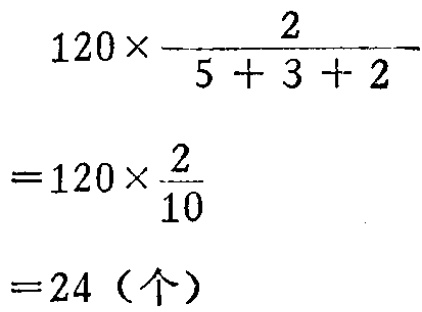
\[

\begin{align*}

&120\times\frac{2}{5 + 3 + 2}\\

=&120\times\frac{2}{10}\\

=&24（个）

\end{align*}

\]